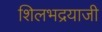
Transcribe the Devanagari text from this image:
शिलभद्रयाजी